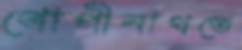
গোপীনাথতে